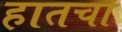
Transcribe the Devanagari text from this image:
हातचा